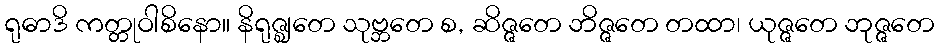
ရုဓာဒိ ကတ္တုဝါစိနော။ နိရုဇ္ဈတေ သုဗ္ဘတေ စ, ဆိဇ္ဇတေ ဘိဇ္ဇတေ တထာ၊ ယုဇ္ဇတေ ဘုဇ္ဇတေ